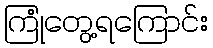
ကြုံတွေ့ရကြောင်း